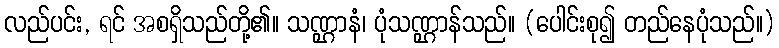
လည်ပင်း, ရင် အစရှိသည်တို့၏။ သဏ္ဌာနံ၊ ပုံသဏ္ဌာန်သည်။ (ပေါင်းစု၍ တည်နေပုံသည်။)